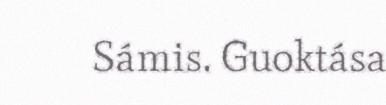
Sámis. Guoktása